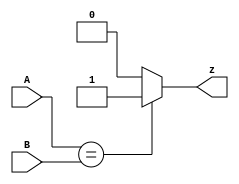
/*Taken from 2015 midterm question 1k

Create a circuit that has two 2-bit inputs A[1:0] and B[1:0], and produces an output z.
 The value of z should be 1 if A = B, otherwise z should be 0.*/
 module top_module ( input [1:0] A, input [1:0] B, output reg z ); 
    always@(*)
        begin
            if(A==B)
                z=1'b1;
            else
                z=1'b0;
        end
endmodule